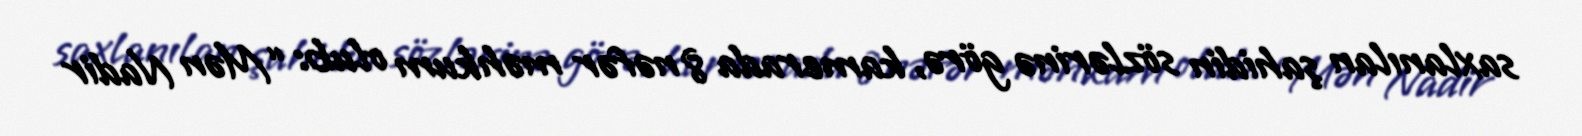
saxlanılan şahidin sözlərinə görə, kamerada 8 nəfər məhkum olub: “Mən Nadir